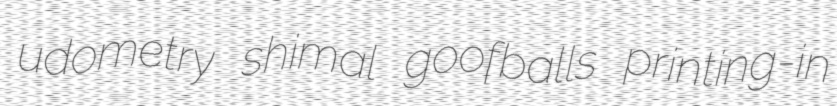
udometry shimal goofballs printing-in